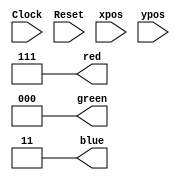
`timescale 1ns / 1ps
////////////////////////////////////////////////////////////
//
//	Names: Larry Kozlowski and Alexander Romero
// CM#1125 and CM#3297
// Purpose: Sets the image for the credits screen
////////////////////////////////////////////////////////////
module credits(
		input Clock,
		input Reset,
		input[9:0] xpos,
		input[9:0] ypos,
		output[2:0] red,
		output[2:0] green,
		output[1:0] blue
    );

//Credits_rom credits_rom(Clock, xpos,ypos,red,green,blue);
assign red = 3'b111;
assign green =3'b000;
assign blue = 2'b11;
endmodule